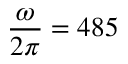
\frac { \omega } { 2 \pi } = 4 8 5